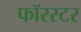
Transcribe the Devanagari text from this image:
फॉरस्टर